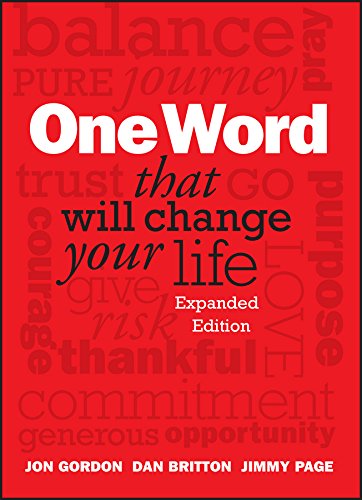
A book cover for One Word That Will Change Your Life, Expanded Edition; Jon Gordon; Business & Money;